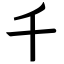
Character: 千